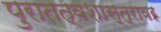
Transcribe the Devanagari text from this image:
पुरातत्वशास्त्रावर